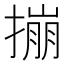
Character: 𪮤